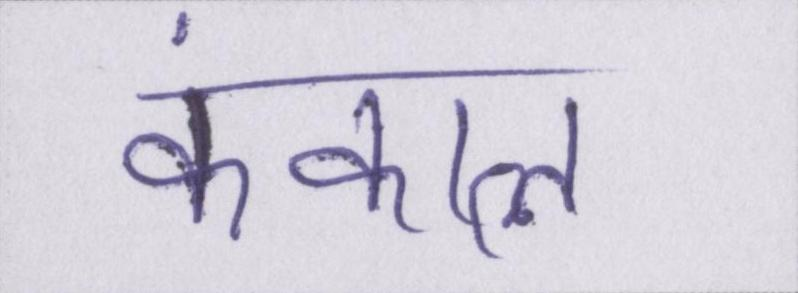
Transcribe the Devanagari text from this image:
कंकाल